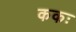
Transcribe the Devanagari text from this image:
ककः